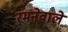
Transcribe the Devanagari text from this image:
रमनेवाले